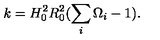
k = H _ { 0 } ^ { 2 } R _ { 0 } ^ { 2 } ( \sum _ { i } \Omega _ { i } - 1 ) .